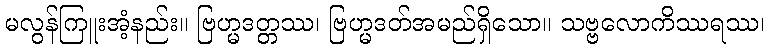
မလွန်ကြူးအံ့နည်း။ ဗြဟ္မဒတ္တဿ၊ ဗြဟ္မဒတ်အမည်ရှိသော။ သဗ္ဗလောကိဿရဿ၊